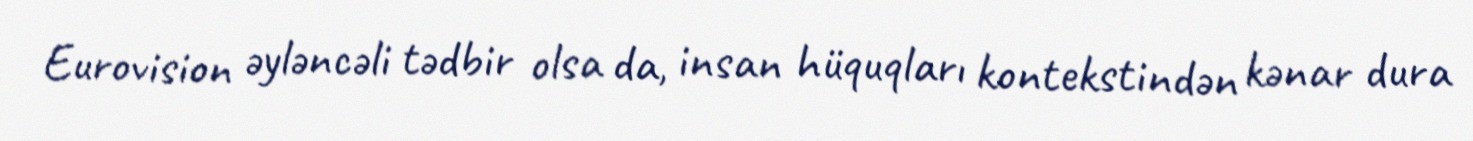
Eurovision əyləncəli tədbir olsa da, insan hüquqları kontekstindən kənar dura